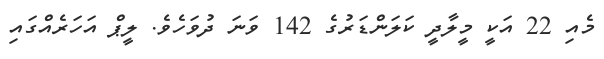
މެއި 22 އަކީ މީލާދީ ކަލަންޑަރުގެ 142 ވަނަ ދުވަހެވެ. ލީޕް އަހަރެއްގައި